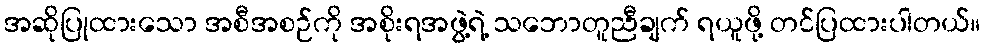
အဆိုပြုထားသော အစီအစဉ်ကို အစိုးရအဖွဲ့ရဲ့ သဘောတူညီချက် ရယူဖို့ တင်ပြထားပါတယ်။